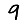
Digit: 9